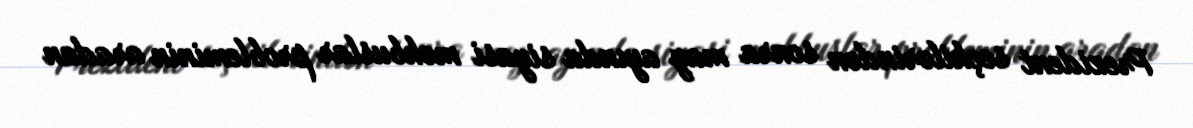
Prezident seçkilərindən sonra may ayında siyasi məhbuslar probleminin aradan